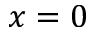
x = 0